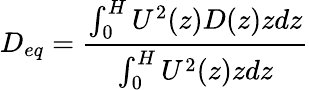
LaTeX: D_{eq}=\frac{\int_{0}^{H}U^{2}(z)D(z)zdz}{\int_{0}^{H}U^{2}(z)zdz}